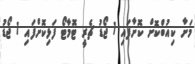
މަށާ ކިއުބްކޮށް ކޮށާފައި 1 ޖޯޑު ޗެރީ ޓޮމާޓޯ ފަޅިކޮށްފައި 1 ޖޯޑު